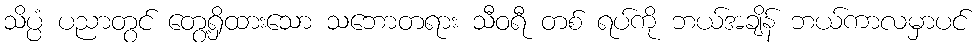
သိပ္ပံ ပညာတွင် တွေ့ရှိထားသော သဘောတရား သီဝရီ တစ် ရပ်ကို ဘယ်အချိန် ဘယ်ကာလမှာပင်